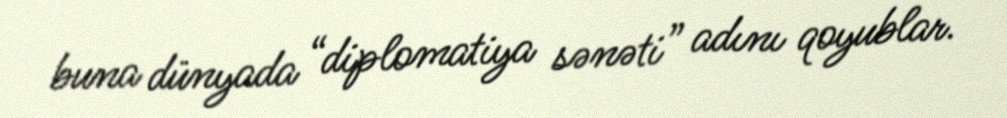
buna dünyada “diplomatiya sənəti” adını qoyublar.